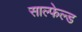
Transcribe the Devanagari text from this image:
साल्फेल्ड